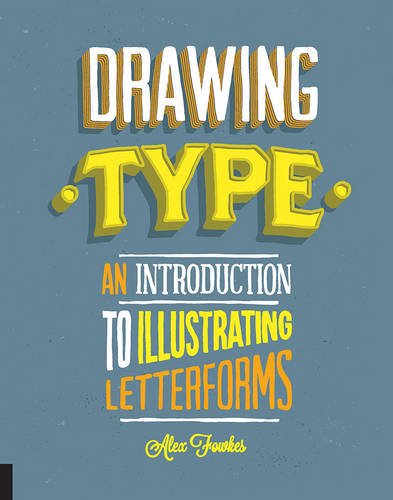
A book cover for Drawing Type: An Introduction to Illustrating Letterforms; Alex Fowkes; Arts & Photography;